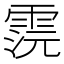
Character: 𩂷